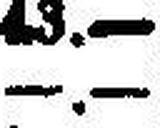
—.—